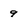
Character: 9